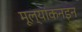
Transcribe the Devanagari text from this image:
मूल्यांकनइन